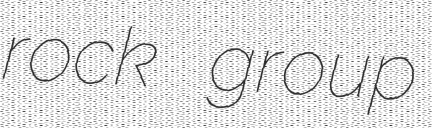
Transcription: rock group